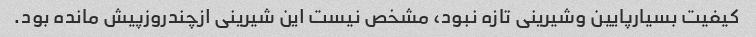
کیفیت بسیارپایین وشیرینی تازه نبود، مشخص نیست این شیرینی ازچندروزپیش مانده بود.